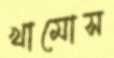
খামোস